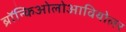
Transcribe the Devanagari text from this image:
ब्रॉन्किओलोआवियोलर